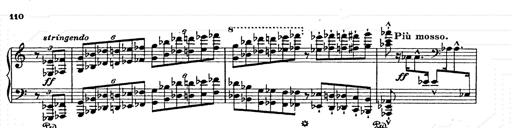
Title: AnnÃ©es de pÃ¨lerinage II
Composer: Franz Liszt